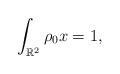
LaTeX: \begin{align*}\int_{\mathbb{R}^{2}} \rho_{0} x=1,\end{align*}